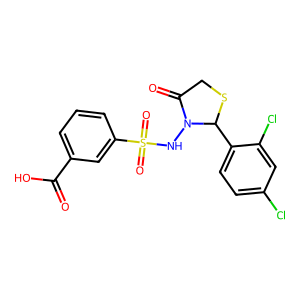
SMILES: O=C(O)c1cccc(S(=O)(=O)NN2C(=O)CSC2c2ccc(Cl)cc2Cl)c1
Inhibits HIV replication: No